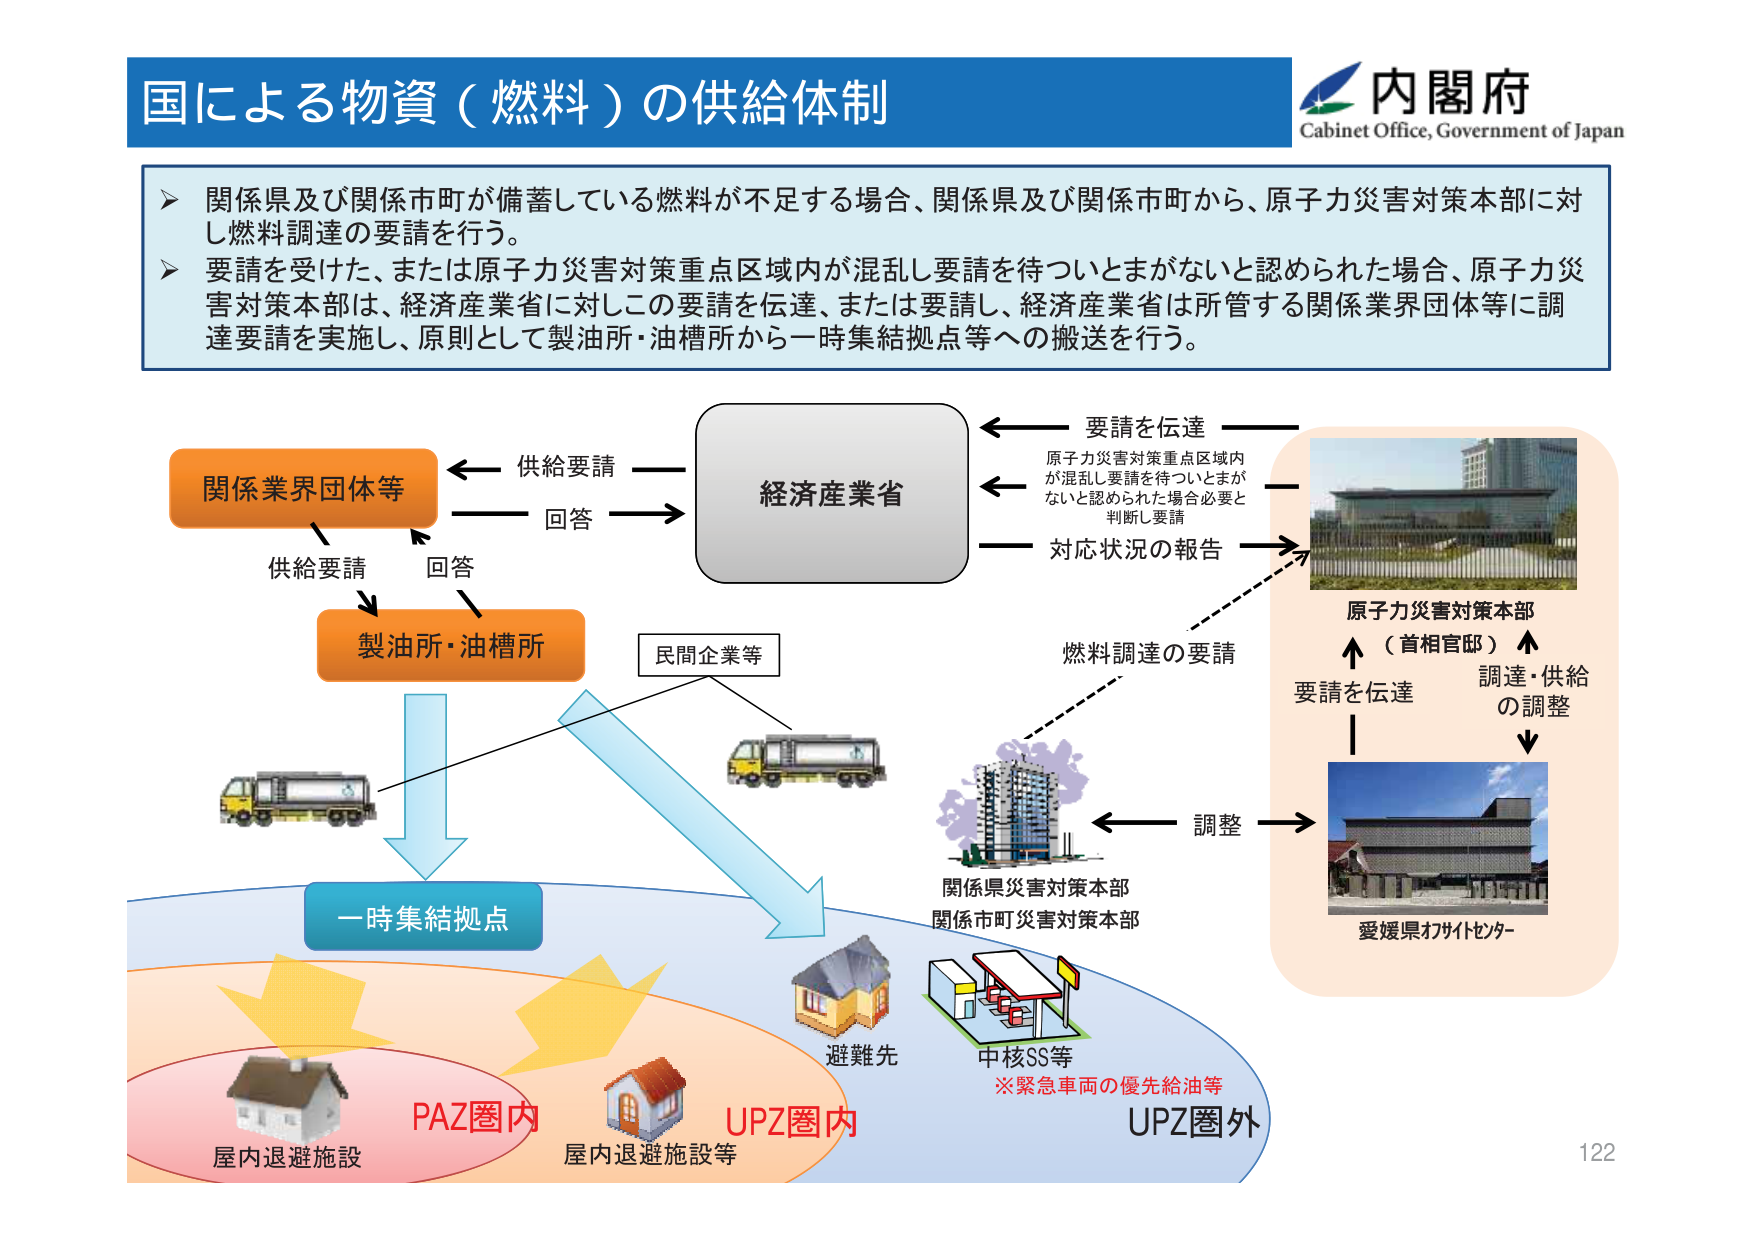
国による物資（燃料）の供給体制

内閣府
Cabinet Office, Government of Japan

➤ 関係県及び関係市町が備蓄している燃料が不足する場合、関係県及び関係市町から、原子力災害対策本部に対し燃料調達の要請を行う。
➤ 要請を受けた、または原子力災害対策重点区域内が混乱し要請を待ついとまがないと認められた場合、原子力災害対策本部は、経済産業省に対しこの要請を伝達、または要請し、経済産業省は所管する関係業界団体等に調達要請を実施し、原則として製油所・油槽所から一時集結拠点等への搬送を行う。

関係業界団体等
供給要請
回答
経済産業省
要請を伝達
原子力災害対策重点区域内が混乱し要請を待ついとまがないと認められた場合必要と判断し要請
対応状況の報告
燃料調達の要請
原子力災害対策本部
（首相官邸）
要請を伝達
調達・供給の調整
愛媛県オフサイトセンター
調整
関係県災害対策本部
関係市町災害対策本部
製油所・油槽所
民間企業等
一時集結拠点
避難先
中核SS等
※緊急車両の優先給油等
UPZ圏外
PAZ圏内
屋内退避施設
UPZ圏内
屋内退避施設等
122